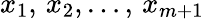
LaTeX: x_{1},\, x_{2},\dotsc,\, x_{m+1}